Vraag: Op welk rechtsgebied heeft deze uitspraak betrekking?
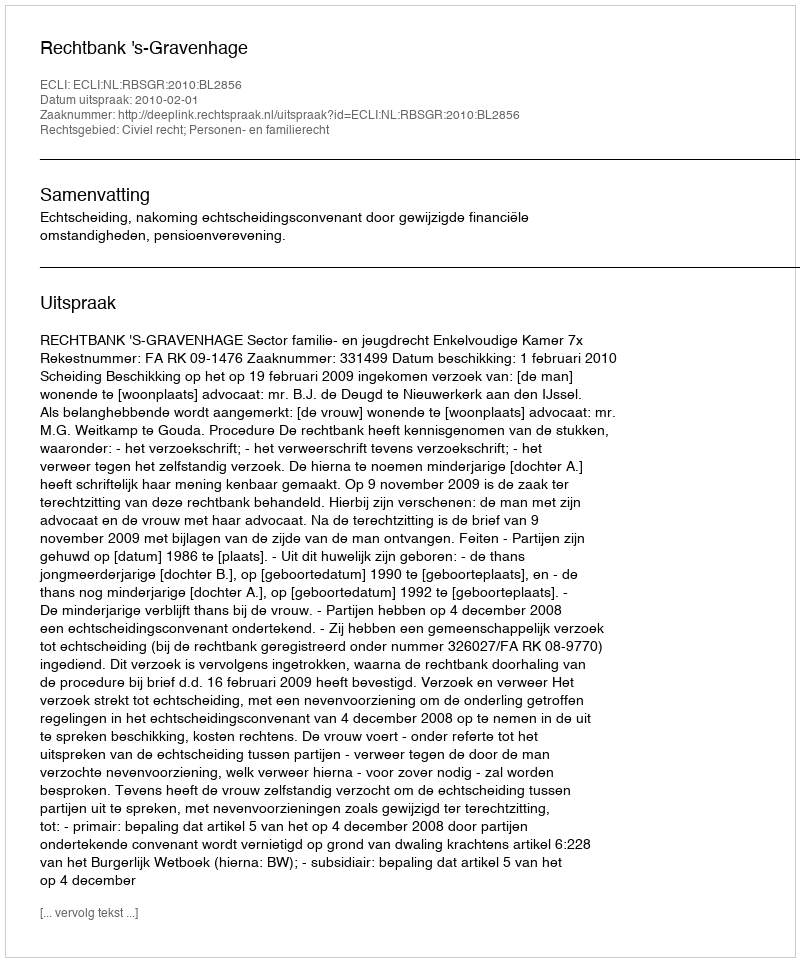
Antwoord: Civiel recht; Personen- en familierecht